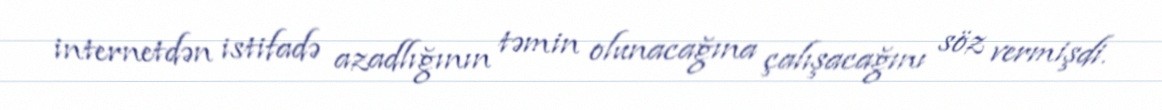
internetdən istifadə azadlığının təmin olunacağına çalışacağını söz vermişdi.